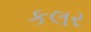
કલર